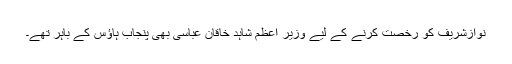
نوازشریف کو رخصت کرنے کے لیے وزیر اعظم شاہد خاقان عباسی بھی پنجاب ہاؤس کے باہر تھے۔